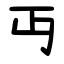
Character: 丏